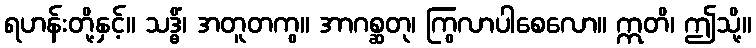
ရဟန်းတို့နှင့်။ သဒ္ဓိံ၊ အတူတကွ။ အာဂစ္ဆတု၊ ကြွလာပါစေလော။ ဣတိ၊ ဤသို့။